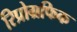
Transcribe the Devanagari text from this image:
रिप्रोग्रफिक